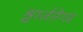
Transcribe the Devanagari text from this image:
श्वार्जने़गर